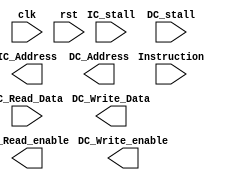
// top

module core (
			  clk,
              rst,
			  // Instruction Cache
			  IC_stall,
			  IC_Address,
              Instruction,
			  // Data Cache
			  DC_stall,
			  DC_Address,
			  DC_Read_enable,
			  DC_Write_enable,
			  DC_Write_Data,
			  DC_Read_Data
			  );

	parameter data_size = 32;
	parameter mem_size = 16;
	parameter pc_size = 18;
	
	input  clk, rst;
	
	// Instruction Cache
	input  IC_stall;
	output [mem_size-1:0] IC_Address;
	input  [data_size-1:0] Instruction;
	
	// Data Cache
	input  DC_stall;
	output [mem_size-1:0] DC_Address;
	output DC_Read_enable;
	output DC_Write_enable;
	output [data_size-1:0] DC_Write_Data;
    input  [data_size-1:0] DC_Read_Data;
	
	// Write your code here
	
endmodule